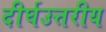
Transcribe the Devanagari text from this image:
दीर्घउत्तरीय